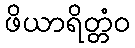
ဖိယာရိတ္တံဝ